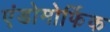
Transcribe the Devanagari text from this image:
एंडोमोर्फिक